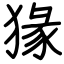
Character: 猭